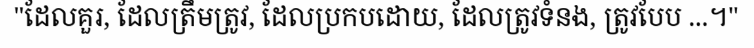
"ដែលគួរ, ដែលត្រឹមត្រូវ, ដែលប្រកបដោយ, ដែលត្រូវទំនង, ត្រូវបែប ...។"